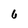
Character: 6